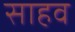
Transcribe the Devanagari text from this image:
साहव